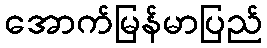
အောက်မြန်မာပြည်